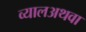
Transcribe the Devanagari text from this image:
व्यालअथवा